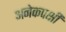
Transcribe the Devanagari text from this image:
अनेकपक्षी